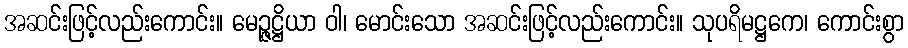
အဆင်းဖြင့်လည်းကောင်း။ မေဉ္ဇဋ္ဌိယာ ဝါ၊ မောင်းသော အဆင်းဖြင့်လည်းကောင်း။ သုပရိမဋ္ဌကေ၊ ကောင်းစွာ